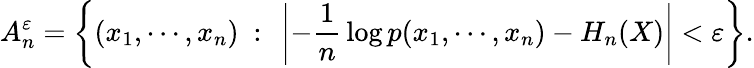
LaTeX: A_{n}^{\varepsilon}=\left\{ (x_{1},\cdots,x_{n})\ :\ \left|-{\frac{1}{n}}\log p(x_{1},\cdots,x_{n})-H_{n}(X)\right|<\varepsilon\right\} .